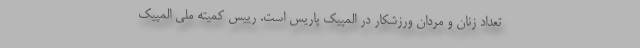
تعداد زنان و مردان ورزشکار در المپیک پاریس است. رییس کمیته ملی المپیک